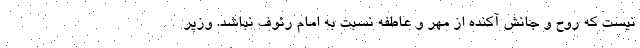
نیست که روح و جانش آکنده از مهر و عاطفه نسبت به امام رئوف نباشد. وزیر